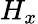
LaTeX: H_{x}